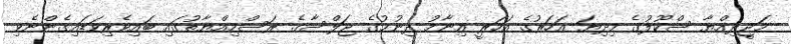
މަޖީދިއްޔާ ސްކޫލުގެ މިދިޔަ އަހަރުގެ އަހަރީ އިނާމު ދިނުމުގެ ޖަލްްސާގެ ރަސްމިއްޔާތުގައި ބައިވެރިވަޑައިގެންނެވި